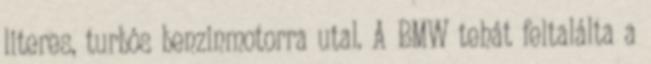
literes, turbós benzinmotorra utal. A BMW tehát feltalálta a